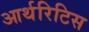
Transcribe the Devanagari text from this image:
आर्थरिटिस